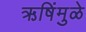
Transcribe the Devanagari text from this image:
ऋषिंमुळे